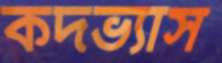
কদভ্যাস